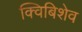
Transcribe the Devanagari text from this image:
क्विबिशेव